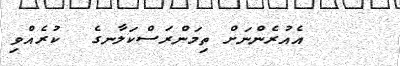
އެއުރެންނަށް ތިމަންރަސްކަލާނގެ  ކުރެއްވި